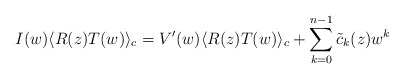
\begin{align*}I(w) \langle R(z) T(w) \rangle_c = V'(w) \langle R(z) T(w) \rangle_c +\sum_{k=0}^{n-1} {\tilde c}_k(z) w^k\end{align*}